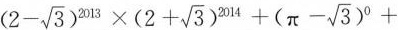
$$( 2 - \sqrt { 3 } ) ^ { 2 0 1 3 } \times ( 2 + \sqrt { 3 } ) ^ { 2 0 1 4 } + ( π - \sqrt { 3 } ) ^ { 0 } +